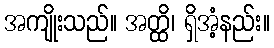
အကျိုးသည်။ အတ္ထိ၊ ရှိအံ့နည်း။